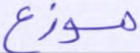
موزع